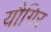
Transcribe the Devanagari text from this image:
यौगिर